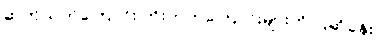
ဆုတ်ယုတ်ကြောင်း တိုးတက်ကြောင်းများကို ပြဆိုခန်း။